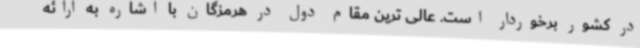
در کشور برخوردار است. عالی ترین مقام دول در هرمزگان با اشاره به ارائه